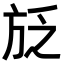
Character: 𭤱